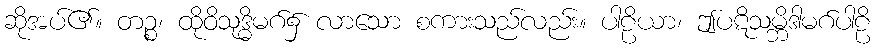
ဆိုအပ်၏။ တဉ္စ၊ ထိုဝိသုဒ္ဓိမဂ်၌ လာသော စကားသည်လည်း။ ပါဠိယာ၊ ဤပဋိသမ္ဘိဒါမဂ်ပါဠိ